Scientific memoirs by medical officers of the Army of India - Part IX,
Year: 1895
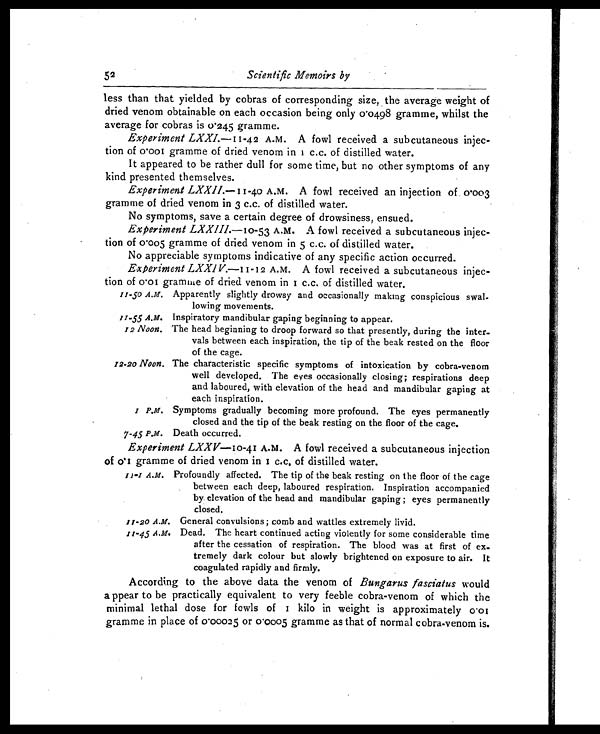
52
Scientific Memoirs by
less than that yielded by cobras of corresponding size, the average weight of
dried venom obtainable on each occasion being only 0.0498 gramme, whilst the
average for cobras is 0.245 gramme.
Experiment LXXI.—11-42 A.M. A fowl received a subcutaneous injec-
tion of 0.001 gramme of dried venom in 1 c.c. of distilled water.
It appeared to be rather dull for some time, but no other symptoms of any
kind presented themselves.
Experiment LXXII.—11-40 A.M. A fowl received an injection of 0.003
gramme of dried venom in 3 c.c. of distilled water.
No symptoms, save a certain degree of drowsiness, ensued.
Experiment LXXIII. —10-53 A.M. A fowl received a subcutaneous injec-
tion of 0.005 gramme of dried venom in 5 c.c. of distilled water.
No appreciable symptoms indicative of any specific action occurred.
Experiment LXXIV.—11-12 A.M. A fowl received a subcutaneous injec-
tion of 0.01 gramme of dried venom in 1 c.c. of distilled water.
11-50 A.M. Apparently slightly drowsy and occasionally making conspicious swal-
lowing movements.
11-55 A.M. Inspiratory mandibular gaping beginning to appear.
12 Noon. The head beginning to droop forward so that presently, during the inter-
vals between each inspiration, the tip of the beak rested on the floor
of the cage.
12-20 Noon. The characteristic specific symptoms of intoxication by cobra-venom
well developed. The eyes occasionally closing; respirations deep
and laboured, with elevation of the head and mandibular gaping at
each inspiration.
1 P.M. Symptoms gradually becoming more profound. The eyes permanently
closed and the tip of the beak resting on the floor of the cage.
7-45 P.M. Death occurred.
Experiment LXXV—10-41 A.M. A fowl received a subcutaneous injection
of 0.1 gramme of dried venom in 1 c.c. of distilled water.
1 1 - 1 A . M .
P r o f o u n d l y a f f e c t e d . T h e t i p o f t h e b e a k r e s t i n g o n t h e f l o o r o f t h e c a g e
between each deep, laboured respiration. Inspiration accompanied
by elevation of the head and mandibular gaping ; eyes permanently
closed.
11-20 A.M. General convulsions ; comb and wattles extremely livid.
11-45 A.M. Dead. The heart continued acting violently for some considerable time
after the cessation of respiration. The blood was at first of ex
- t r e m e l y d a r k c o l o u r b u t s l o w l y b r i g h t e n e d o n e x p o s u r e t o a i r . I t
coagulated rapidly and firmly.
According to the above data the venom of Bungarus fasciatus would
appear to be practically equivalent to very feeble cobra-venom of which the
minimal lethal dose for fowls of 1 kilo in weight is approximately 0.01
gramme in place of 0.00025 or 0.0005 gramme as that of normal cobra-venom is.